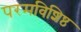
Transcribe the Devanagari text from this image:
परमविशिष्ठ